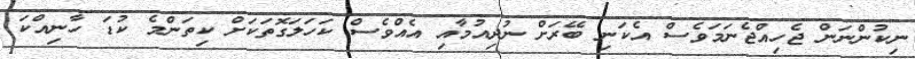
ނިކުންނަން ޖެހިއްޖެނަމަވެސް އެކަނި ބޭރަށް ނުދިއުމާއި އެއްވެސް ކަހަލަގޮތަކަށް ކިތަންމެ ކުޑަ ހާނިއްކަ